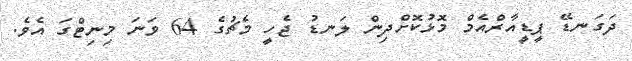
ދަގަނޑޭ ޕީޑީއާރްއެމް މޮޅުކޮށްދިން ލަނޑު ޖެހީ މެޗުގެ 64 ވަނަ މިނިޓްގަ އެވެ.